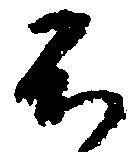
不